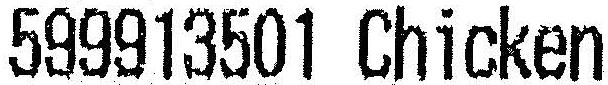
599913501 CHICKEN